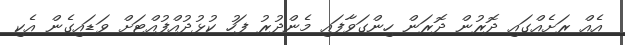
އެއް ރަށެއްގައި ދޮރުން ދޮރަން ހިންގަވާފައި މެންދުރު ފަހު ކުޅުދުއްފުއްޓަށް ވަޑައިގެން އެކި